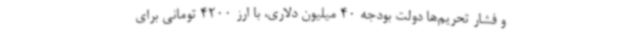
و فشار تحریم‌ها دولت بودجه 40 میلیون دلاری، با ارز 4200 تومانی برای